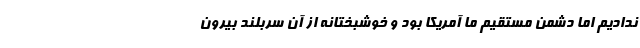
ندادیم اما دشمن مستقیم ما آمریکا بود و خوشبختانه از آن سربلند بیرون